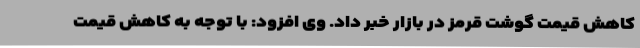
کاهش قیمت گوشت قرمز در بازار خبر داد. وی افزود: با توجه به کاهش قیمت